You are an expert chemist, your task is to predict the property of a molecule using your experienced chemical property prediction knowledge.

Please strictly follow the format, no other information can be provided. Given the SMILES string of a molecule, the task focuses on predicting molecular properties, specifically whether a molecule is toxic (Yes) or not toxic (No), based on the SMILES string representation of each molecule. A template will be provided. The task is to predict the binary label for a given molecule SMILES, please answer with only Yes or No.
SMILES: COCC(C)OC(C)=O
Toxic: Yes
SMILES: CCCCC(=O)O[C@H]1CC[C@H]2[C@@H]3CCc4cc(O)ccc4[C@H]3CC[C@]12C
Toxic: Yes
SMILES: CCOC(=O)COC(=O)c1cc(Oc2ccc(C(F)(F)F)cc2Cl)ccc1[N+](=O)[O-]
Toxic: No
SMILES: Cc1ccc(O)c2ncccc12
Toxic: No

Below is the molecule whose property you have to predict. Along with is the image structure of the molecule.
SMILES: c1ccc2c(c1)Sc1ccccc1N2CCN1CCCC1
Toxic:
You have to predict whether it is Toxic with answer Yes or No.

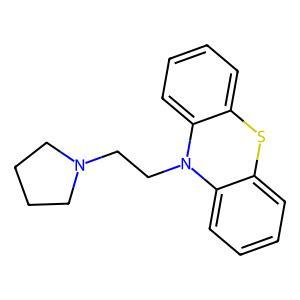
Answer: No